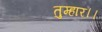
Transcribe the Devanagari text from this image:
तुम्‍हार।।